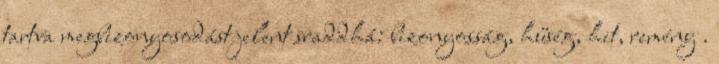
tartva megbizonyosodást jelent sraddhá: bizonyosság, hűség, hit, remény .